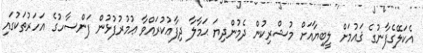
އެކަލޭގެފާނުގެ ޤައުމަށް ލީބިޔާއަށް މުޝްރިކުން ދެމުންދިޔަ ޙަމާލާ ދިފާޢުކުރައްވާ ޢުމުރުފުޅުން ފަންސާހުގެ އަހަރުތަކުގައި